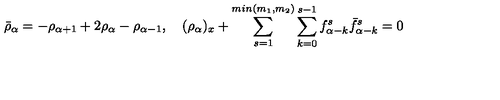
\bar { \rho } _ { \alpha } = - \rho _ { \alpha + 1 } + 2 \rho _ { \alpha } - \rho _ { \alpha - 1 } , \quad ( \rho _ { \alpha } ) _ { x } + \sum _ { s = 1 } ^ { m i n ( m _ { 1 } , m _ { 2 } ) } \sum _ { k = 0 } ^ { s - 1 } f _ { \alpha - k } ^ { s } \bar { f } _ { \alpha - k } ^ { s } = 0